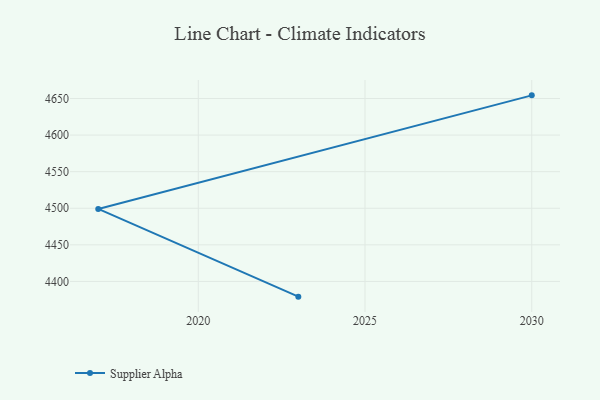
{"axis": {"x": "Year", "y": "Inventory Turnover"}, "legend": ["Supplier Alpha"], "data": [{"x": "2023", "y": 4379.2, "type": "Supplier Alpha"}, {"x": "2017", "y": 4499.1, "type": "Supplier Alpha"}, {"x": "2030", "y": 4654.3, "type": "Supplier Alpha"}]}